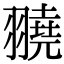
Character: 𦒒